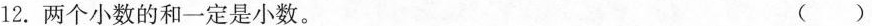
12. 两个小数的和一定是小数。 ()